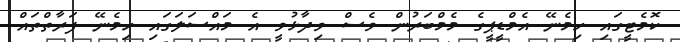
ކޮމެޓީގައި ހިމެނޭ އެމްޑީޕީގެ މެމްބަރުން ވެސް ވިދާޅުވީ އެ މައްސަލަގައި ހިމެނޭ ފަރާތްތައް